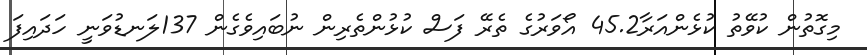
މިގޮތުން ކުވޭތު ކުޅެންއަރާ45.2 އޯވަރުގެ ތެރޭ ފަސް ކުޅުންތެރިން ނުބައިވެގެން 137ލަނޑުވަނީ ހަދައިފަ